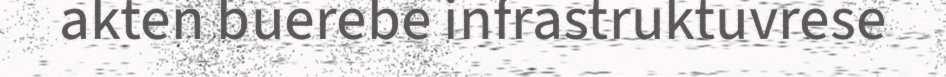
akten buerebe infrastruktuvrese